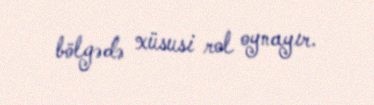
bölgədə xüsusi rol oynayır.